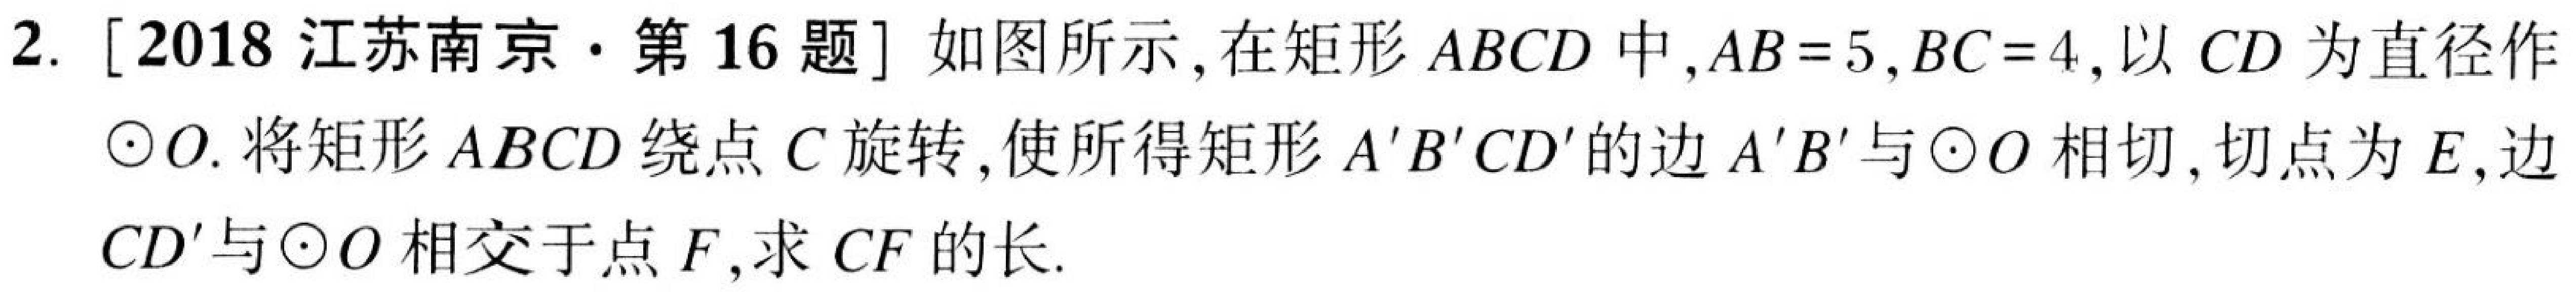
2. [2018 江苏南京·第 16 题] 如图所示, 在矩形 \(ABCD\) 中, \(AB = 5\), \(BC = 4\), 以 \(CD\) 为直径作\(\odot O\). 将矩形 \(ABCD\) 绕点 \(C\) 旋转, 使所得矩形 \(A'B'CD'\) 的边 \(A'B'\) 与\(\odot O\) 相切, 切点为 \(E\), 边 \(CD'\) 与\(\odot O\) 相交于点 \(F\), 求 \(CF\) 的长.